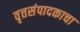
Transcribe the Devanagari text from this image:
वृत्तसंपादकाचा